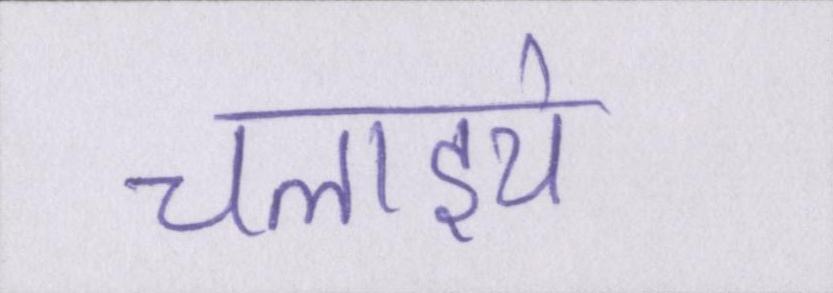
चलाइये